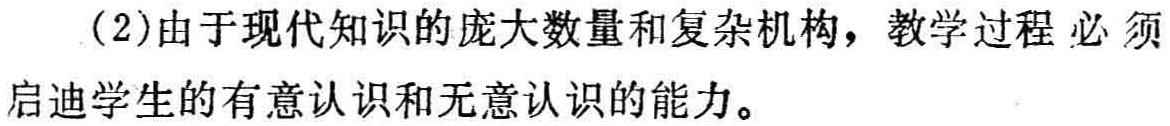
（2）由于现代知识的庞大数量和复杂机构，教学过程 必 须启迪学生的有意认识和无意认识的能力。